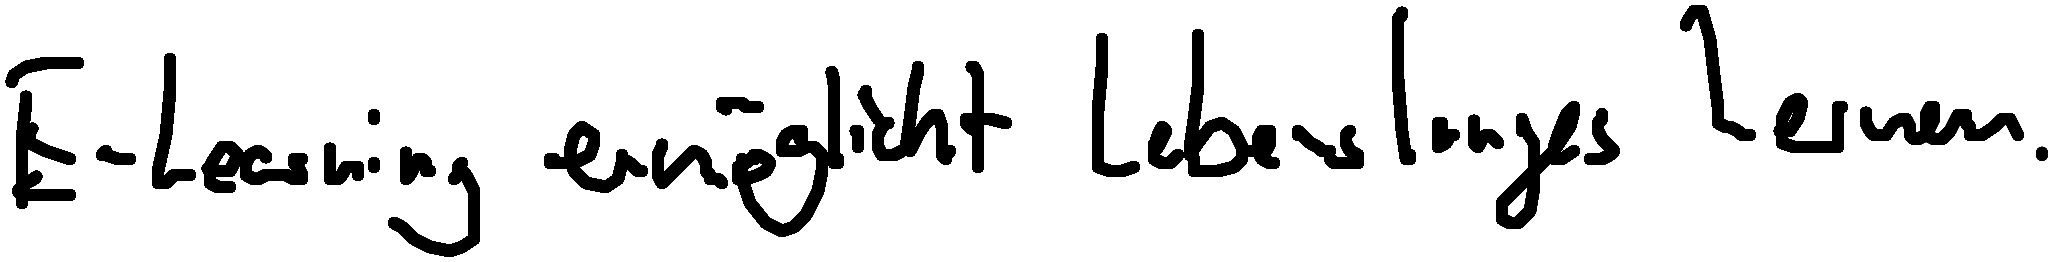
E-Learning ermöglicht lebenslanges Lernen.